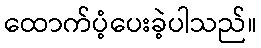
ထောက်ပံ့ပေးခဲ့ပါသည်။